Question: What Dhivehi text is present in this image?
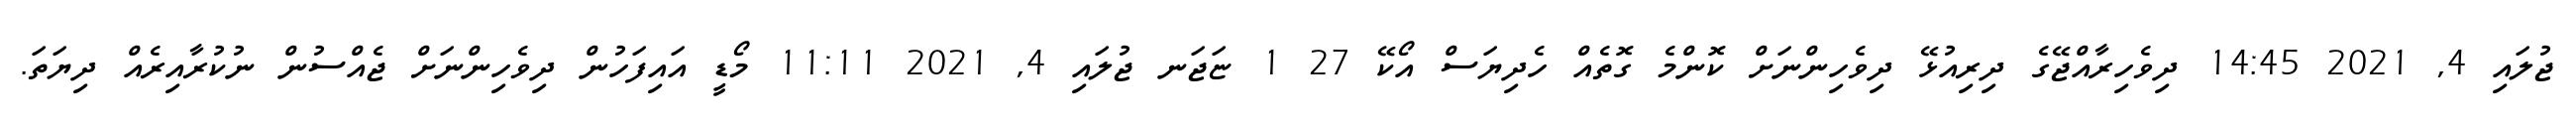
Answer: ޖުލައި 4, 2021 14:45 ދިވެހިރާއްޖޭގެ ދިރިއުޅޭ ދިވެހިންނަށް ކޮންމެ ގޮތެއް ހެދިޔަސް އޯކޭ 27 1 ޏަޖަނ ޖުލައި 4, 2021 11:11 މޯޑީ އައިފަހުން ދިވެހިންނަށް ޖެއްސުން ނުކުރާއިރެއް ދިޔަތަ.